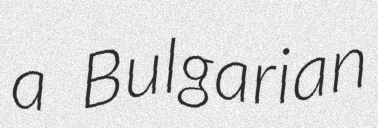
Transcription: a Bulgarian